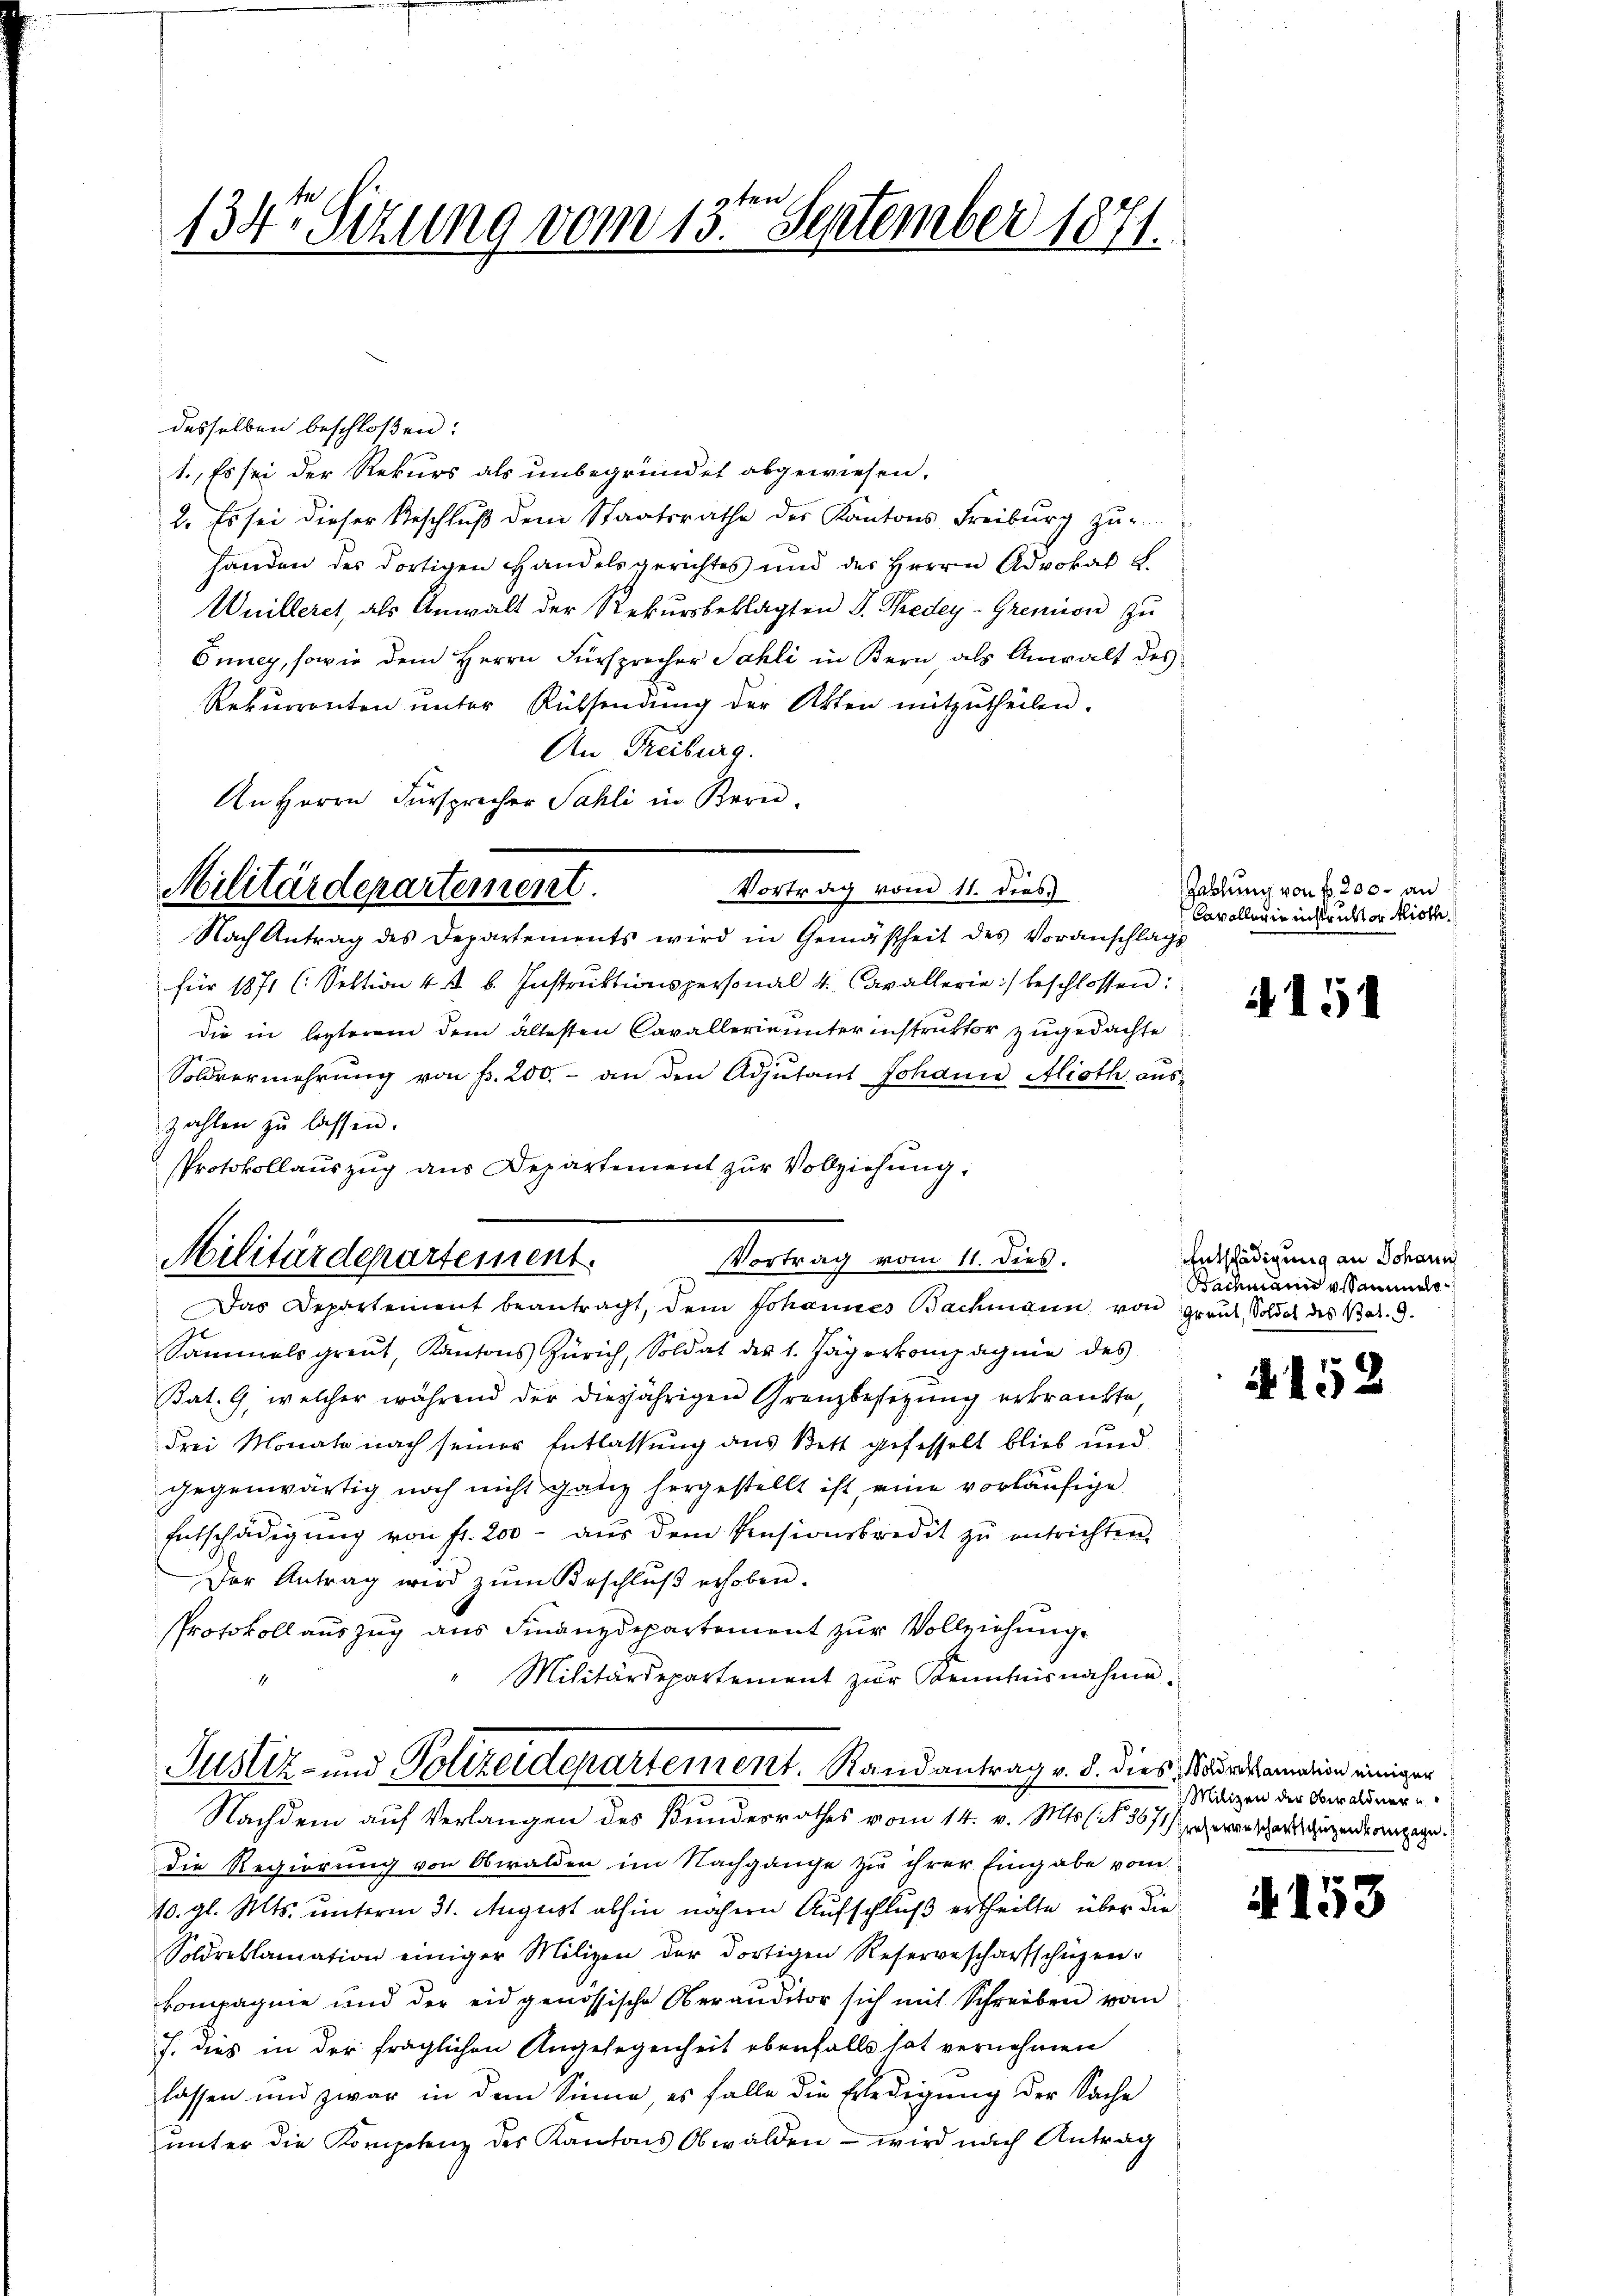
134te Sitzung vom 13ten September 1871.

desselben beschloßen:
1., Es sei der Rekurs als unbegründet abgewiesen.
2. Es sei dieser Beschluß dem Staatsrathe der Kantons Freiburg zur
handen des dortigen Handelsgerichtes und des Herrn Advokat L.
Wuilleret, als Anwalt der Rekursbeklagten S. Pedey-Gremion zu
Ouney, sowie dem Herrn Fürsprecher Sahli in Bern als Anwalt des
Rekurrenten unter Rücksendung der Akten mitzutheilen.
An Freiburg.
Vortrag vom 11. dies
für 1871 (: Sektion 4 t b. Instruktionspersonal 4. Cavallerie) beschlossen:
die in lezterem dem ältesten Cavallerie unterinstruktor zugedachte
Soldvermehrung von Fr. 200.- an den Adjutant Johann Alioth auszahlen zŭ lassen.
Protokollauszug aus Departement zur Vollziehung:
Vortrag vom 11. dies.
Sammels greut, Kantons Zürich, Soldat des 1. Jägerkompagnie des
Bat. 9, welcher während der diesjährigen Grenzbesetzung erkrankte,
Frei Monate nach seiner Entlassung aus Bett gefesselt blieb und
gegenwärtig noch nicht ganz hergestellt ist, eine vorläufige
Entschädigŭng von fr. 200 aŭs dem Pensionskredit zŭ entrichten,
Der Antrag wird zŭm Beschlŭβ erhoben.
Protokoll auszug aus Finanzdepartement zur Vollziehung
Militärdepartement zŭr Kenntnisnahme.
Justiz- und Polizeidepartement. Randantrag v. d. dies Mordsamelin einiger
Nachdem auf Verlangen des Bundesrathes vom 14. v. Mts. (N. 367 heranschaftsguzende angegen.
die Regierung von Obwalden im Nachgange zu ihrer Eingabe vom
10. gl. Mts. unterm 31. August abhin nähern Aufschluß ertheilte über die
Soldreklamation einiger Milizei der dortigen Reserverscharfschüzen
kompagnie und der eidgenössische Oberanditor sich mit Schreiben vom
J. dies in der fraglichen Angelegenheit ebenfalls hat vernehmen
lassen und zwar in dem Sinne es falle die Erledigung der Sache
unter die Komptenz des Kantons Obwalden – wird nach Antrag

An Herrn Fürsprecher Sahli in Bern.
Militärdepartement.
Nach Antrag des Departements wird in Gemäßheit des Voranschlags

Militärdepartement.
Das Departement beantragt, dem Johannes Bachmann von Graut, Soldat des Bar. 9.

Hablung von f. 200. an
Cavollegio instruktor Alioth

A 151

Entschädigung an Johann
Bachmandesammels

15

Milizei der Obwaldner u

. 153